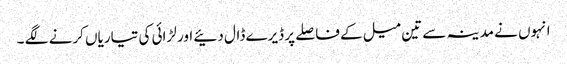
انہوں نے مدینہ سے تین میل کے فاصلے پر ڈیرے ڈال دئیے اور لڑائی کی تیاریاں کرنے لگے ۔